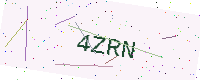
Text: 4ZRN